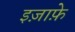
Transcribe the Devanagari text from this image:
इज़ाफ़े